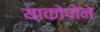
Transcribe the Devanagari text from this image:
याकोपोने